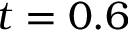
t = 0 . 6